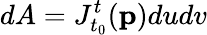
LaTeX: dA=J_{t_{0}}^{t}(\mathbf{p})dudv